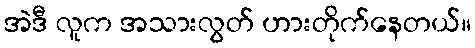
အဲဒီ လူက အသားလွတ် ဟားတိုက်နေတယ်။